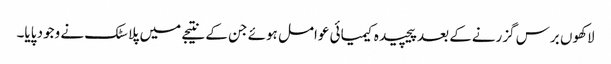
لاکھوں برس گزرنےکے بعد پیچیدہ کیمیائی عوامل ہوئے جن کے نتیجے میں پلاسٹک نے وجود پایا۔